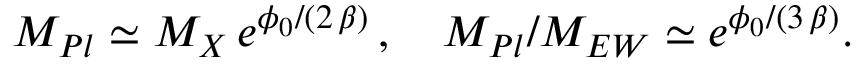
M _ { P l } \simeq M _ { X } \, e ^ { \phi _ { 0 } / ( 2 \, \beta ) } \, , \quad M _ { P l } / M _ { E W } \simeq e ^ { \phi _ { 0 } / ( 3 \, \beta ) } .